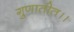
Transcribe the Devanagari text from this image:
गुणातीत।।